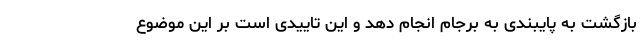
بازگشت به پایبندی به برجام انجام دهد و این تاییدی است بر این موضوع